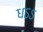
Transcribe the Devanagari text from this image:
धऽऽ